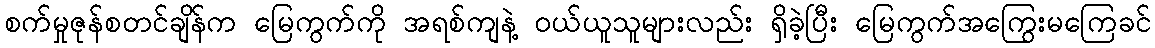
စက်မှုဇုန်စတင်ချိန်က မြေကွက်ကို အရစ်ကျနဲ့ ဝယ်ယူသူများလည်း ရှိခဲ့ပြီး မြေကွက်အကြွေးမကြေခင်